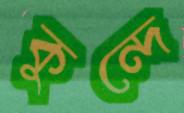
কুন্দে